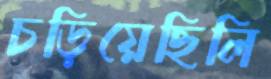
চড়িয়েছিলি